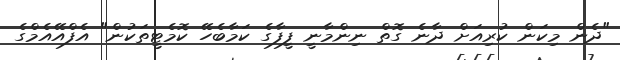
"ދެން މިކަން ކުރިއަށް ދާނެ ގޮތް ނިންމާނީ ފީފާގެ ކަމާބެހޭ ކޮމެޓީތަކުން" އެފްއޭއެމްގެ